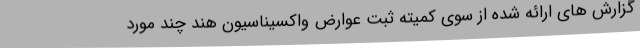
گزارش های ارائه شده از سوی کمیته ثبت عوارض واکسیناسیون هند چند مورد